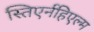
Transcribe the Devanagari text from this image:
स्तिएर्नहिएल्म